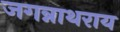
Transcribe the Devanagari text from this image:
जगन्नाथराय